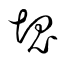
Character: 凷